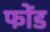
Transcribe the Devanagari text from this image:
फोंड